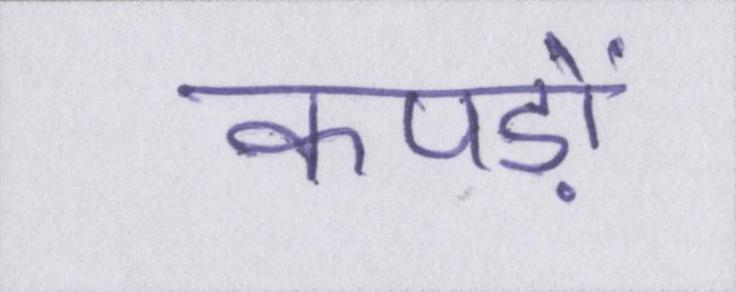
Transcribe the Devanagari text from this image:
कपड़ों